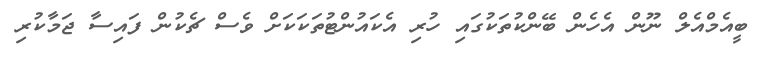
ބީއެމްއެލް ނޫން އެހެން ބޭންކުތަކުގައި ހުރި އެކައުންޓުތަކަކަށް ވެސް ޗެކުން ފައިސާ ޖަމާކުރި